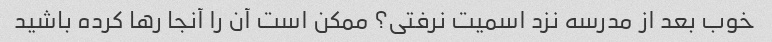
خوب بعد از مدرسه نزد اسمیت نرفتی؟ ممکن است آن را آنجا رها کرده باشید